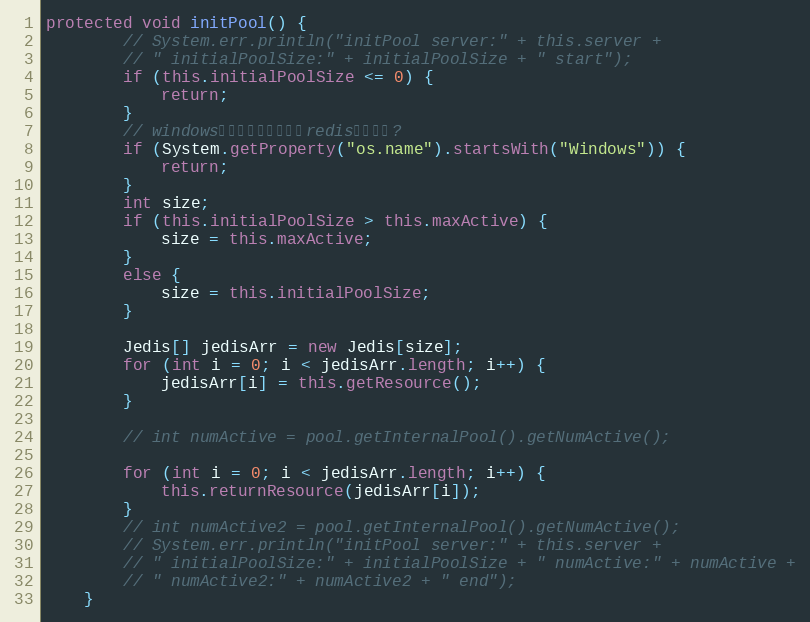
Language: Java
protected void initPool() {
		// System.err.println("initPool server:" + this.server +
		// " initialPoolSize:" + initialPoolSize + " start");
		if (this.initialPoolSize <= 0) {
			return;
		}
		// windows环境关闭初始化默认redis连接功能?
		if (System.getProperty("os.name").startsWith("Windows")) {
			return;
		}
		int size;
		if (this.initialPoolSize > this.maxActive) {
			size = this.maxActive;
		}
		else {
			size = this.initialPoolSize;
		}

		Jedis[] jedisArr = new Jedis[size];
		for (int i = 0; i < jedisArr.length; i++) {
			jedisArr[i] = this.getResource();
		}

		// int numActive = pool.getInternalPool().getNumActive();

		for (int i = 0; i < jedisArr.length; i++) {
			this.returnResource(jedisArr[i]);
		}
		// int numActive2 = pool.getInternalPool().getNumActive();
		// System.err.println("initPool server:" + this.server +
		// " initialPoolSize:" + initialPoolSize + " numActive:" + numActive +
		// " numActive2:" + numActive2 + " end");
	}